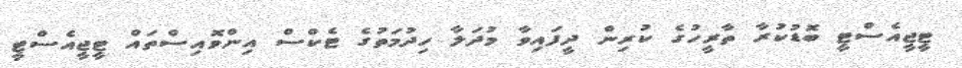
ޓީޖީއެސްޓީ ބޮޑުކުރާ ތާރީހުގެ ކުރިން ދީފައިވާ މުދަލާ ހިދުމަތުގެ ޓެކްސް އިންވޮއިސްތައް ޓީޖީއެސްޓީ